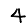
Digit: 4